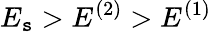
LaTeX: E_{\mathtt{s}}>E^{(2)}>E^{(1)}